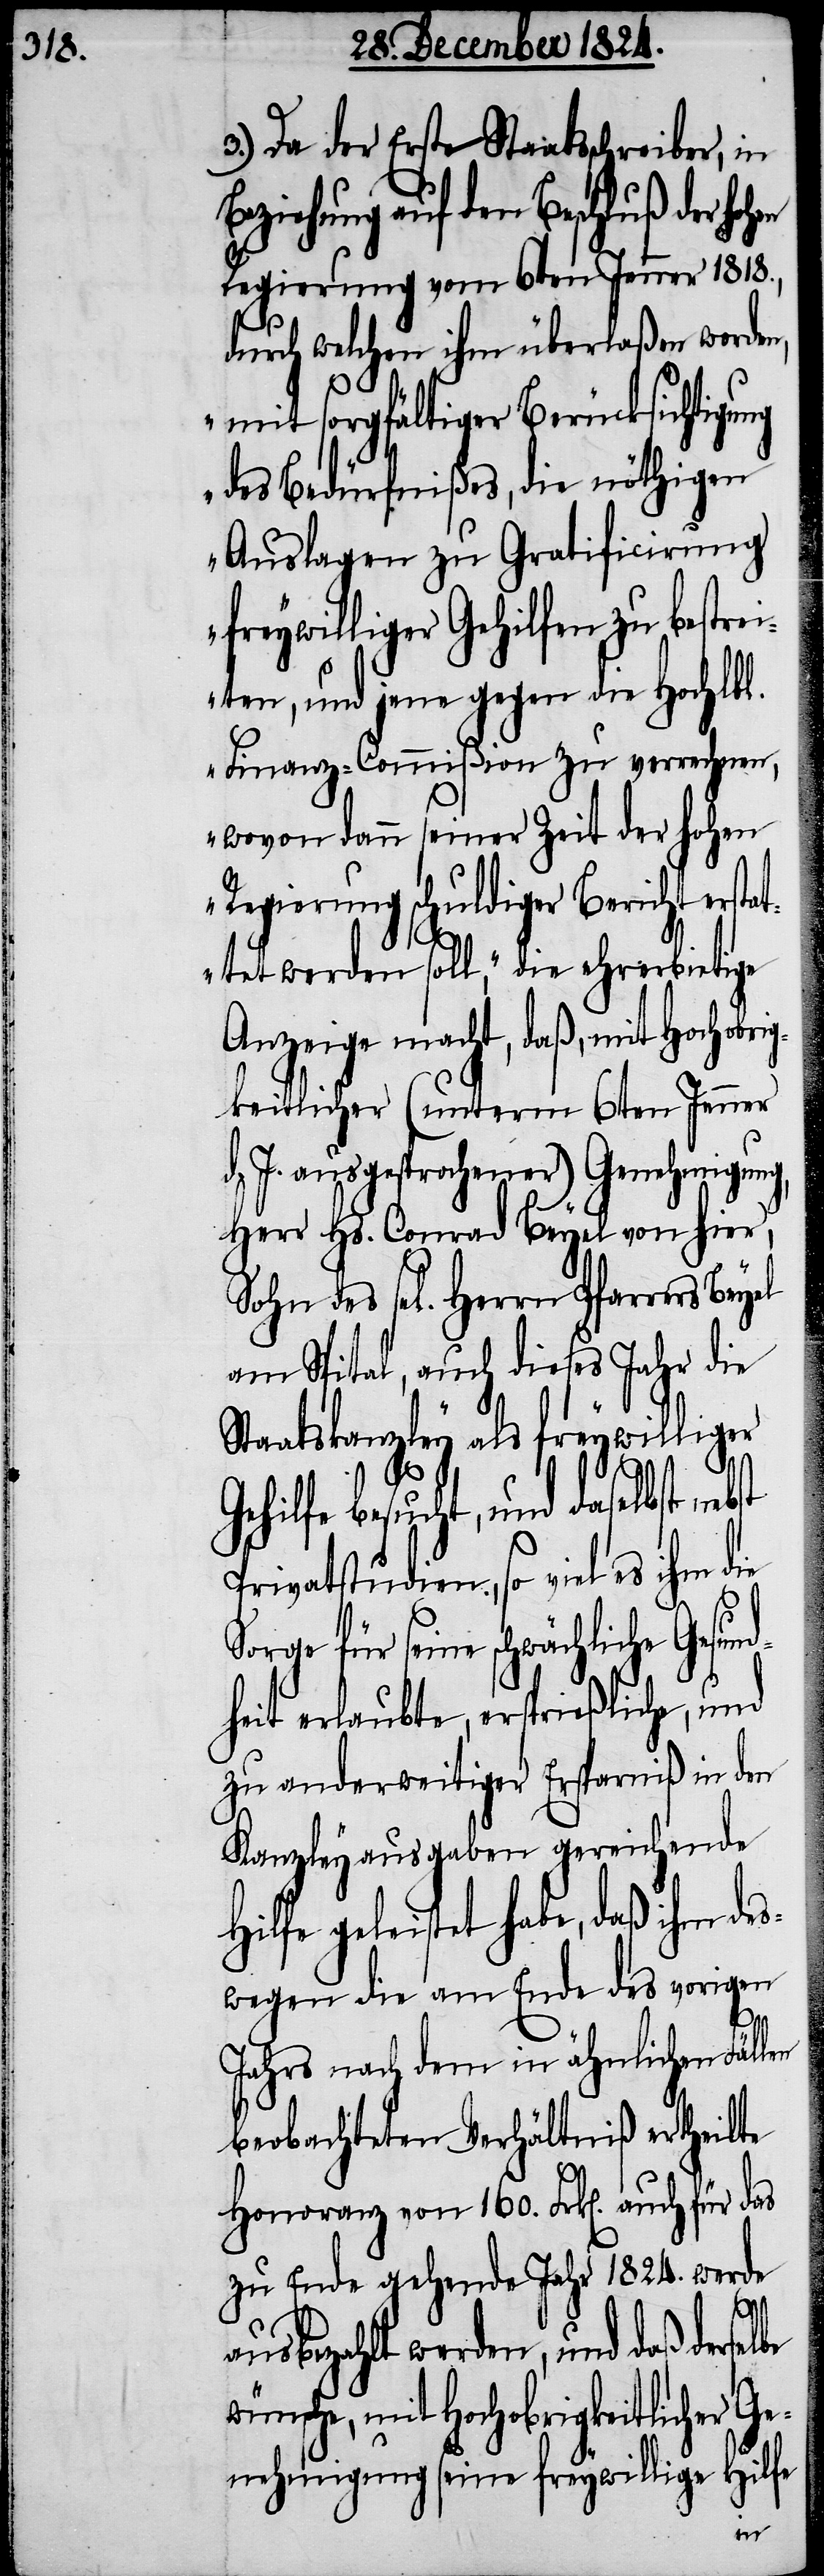
3.) Da der Erste Staatsschreiber, in
iehung auf den Beschluß der h¬
Regierung vom 6ten Jenner 1818.,
durch welchen ihm überlaßen worden,
„mit sorgfältiger Berücksichtigung
des Bedürfnißes, die nöthigen
Auslagen zu Gratificirung
freywilliger Gehilfen zu bestre¬
iten, und jene gegen die Hochlbl.
Finanz-Commißion zu verrechnen,
wovon dann seiner Zeit der hohen
Regierung schuldiger Bericht ersta¬
ttet werden soll,“ die ehrerbietige
Anzeige macht, daß, mit Hochobri¬
gkeitlicher (unterm 6ten Jenner
d. J. ausgesprochener) Genehmigung,
Herr Hs. Conrad Beyel von hier,
Sohn des sel[igen] Herrn Pfar¬
am Spital, auch dieses Jahr die
Staatskanzley als freywilliger
be
Gehilfe besucht, und daselbst nebst
Privatstudien, so viel es ihm die
für seine schwächliche Gesun¬
dheit erlaubte, ersprießliche, und
zu anderweiter Ersparniß in den
Kanzleyausgaben gereichende
geleistet habe, daß ihm de¬
swegen die am Ende des vorigen
wün¬
Jahrs nach dem in ähnlichen Fällen
beobachteten Verhältniß ertheilte
Honoranz vom 160. Frk[en]. auch für das
zu Ende gehende Jahr 1824. werde
ausbezahlt werden, und daß dersel¬
sche, mit Hochobrigkeitlicher G¬
enehmigung seine freywillige Hilfe